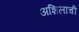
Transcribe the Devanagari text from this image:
अशिलाची